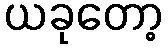
ယခုတော့